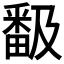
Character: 𭻬